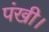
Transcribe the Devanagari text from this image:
पंखी।